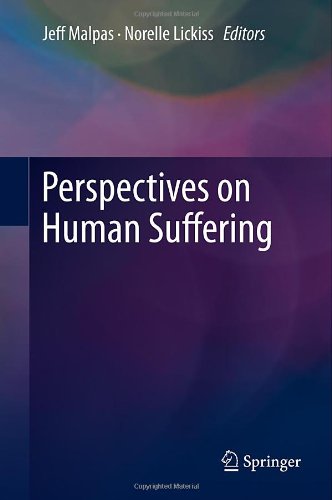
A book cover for Perspectives on Human Suffering; Medical Books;